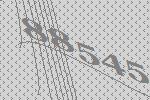
88545